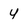
Character: y